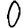
Digit: 0